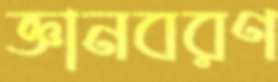
জ্ঞানবরণ